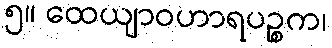
၅။ ထေယျာဝဟာရပဉ္စက၊